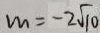
m = - 2 \sqrt { 1 0 }